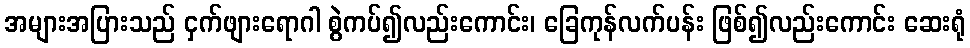
အများအပြားသည် ငှက်ဖျားရောဂါ စွဲကပ်၍လည်းကောင်း၊ ခြေကုန်လက်ပန်း ဖြစ်၍လည်းကောင်း ဆေးရုံ